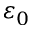
\varepsilon _ { 0 }